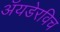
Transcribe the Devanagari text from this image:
अॅयडेरविच